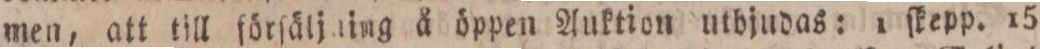
men, att till ſörſäljning å öppen Auktion utbjudas: 1 ſkepp. 15